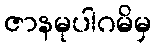
ဇာနမုပါဂမိမှ